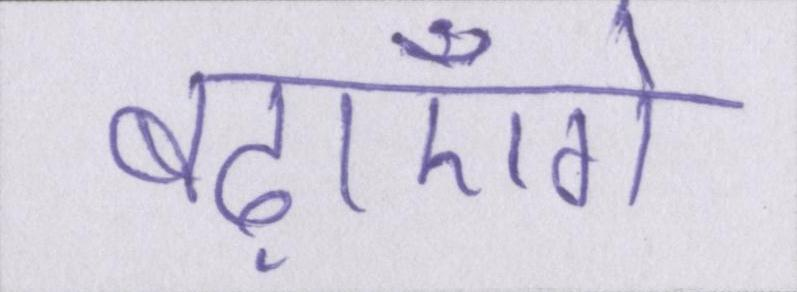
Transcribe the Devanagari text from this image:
बढ़ाएँगे